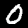
Digit: 0